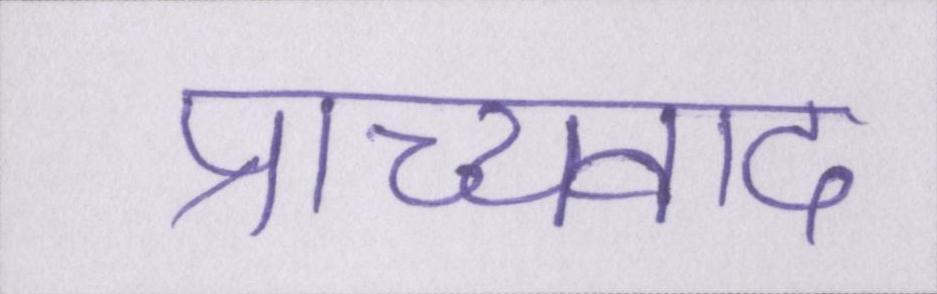
प्राच्यवाद